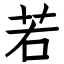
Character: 若